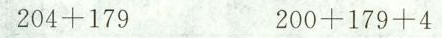
$$2 0 4 + 1 7 9$$ $$2 0 0 + 1 7 9 + 4$$